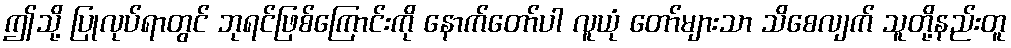
ဤသို့ ပြုလုပ်ရာတွင် ဘုရင်ဖြစ်ကြောင်းကို နောက်တော်ပါ လူယုံ တော်များသာ သိစေလျက် သူတို့နည်းတူ